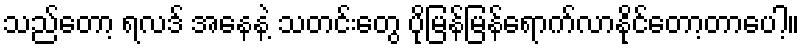
သည်တော့ ရလဒ် အနေနဲ့ သတင်းတွေ ပိုမြန်မြန်ရောက်လာနိုင်တော့တာပေါ့။